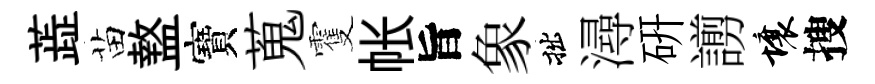
蕋苗盩寶蒐䨥帐旨象拙潯硏謭壤搜